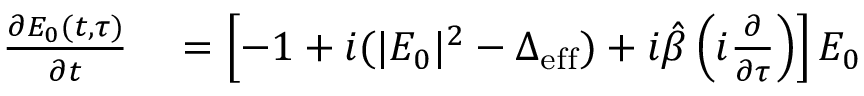
\begin{array} { r l } { \frac { \partial E _ { 0 } ( t , \tau ) } { \partial t } } & { { } = \left[ - 1 + i ( | E _ { 0 } | ^ { 2 } - \Delta _ { \mathrm { e f f } } ) + i \hat { \beta } \left( i \frac { \partial } { \partial \tau } \right) \right] E _ { 0 } } \end{array}